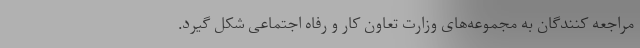
مراجعه کنندگان به مجموعه‌های وزارت تعاون کار و رفاه اجتماعی شکل گیرد.